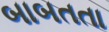
બાબતતા